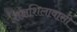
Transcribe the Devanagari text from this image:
तक्षशिलावासी